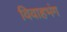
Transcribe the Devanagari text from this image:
विवाहभंग